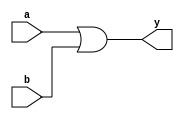
`timescale 1ns / 1ps
//////////////////////////////////////////////////////////////////////////////////
// Company: 
// 
// Design Name: Data flow modeling
// Module Name: or_gate
// Project Name: 
// Target Devices: 
// Tool Versions: 
// Description: 
// 
// Dependencies: 
// 
// Revision:
// Revision 0.01 - File Created
// Additional Comments:
// 
//////////////////////////////////////////////////////////////////////////////////


module or_gate(a,b,y);
input a,b;
output y;

assign y = a | b;
                
endmodule